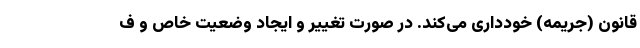
قانون (جریمه) خودداری می‌کند. در صورت تغییر و ایجاد وضعیت خاص و ف